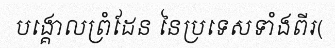
បង្គោលព្រំដែន នៃប្រទេសទាំងពីរ(